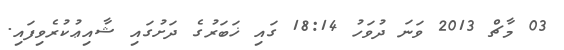
03 މާޗް 2013 ވަނަ ދުވަހު 18:14 ގައި ޚަބަރުގެ ދަށުގައި ޝާއިޢުކުރެވިފައި.